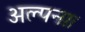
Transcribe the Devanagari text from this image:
अल्पना।